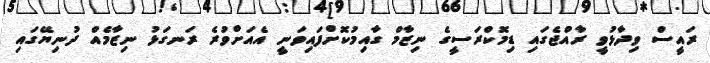
ރައީސް ވިދާޅުވީ ރާއްޖެގައި ޑިމޮކްރަސީގެ ނިޒާމް ގާއިމުކޮށްފައިވަނީ އެއަށްވުރެ ރަނގަޅު ނިޒާމެއް ދުނިޔޭގައި